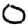
Digit: 0